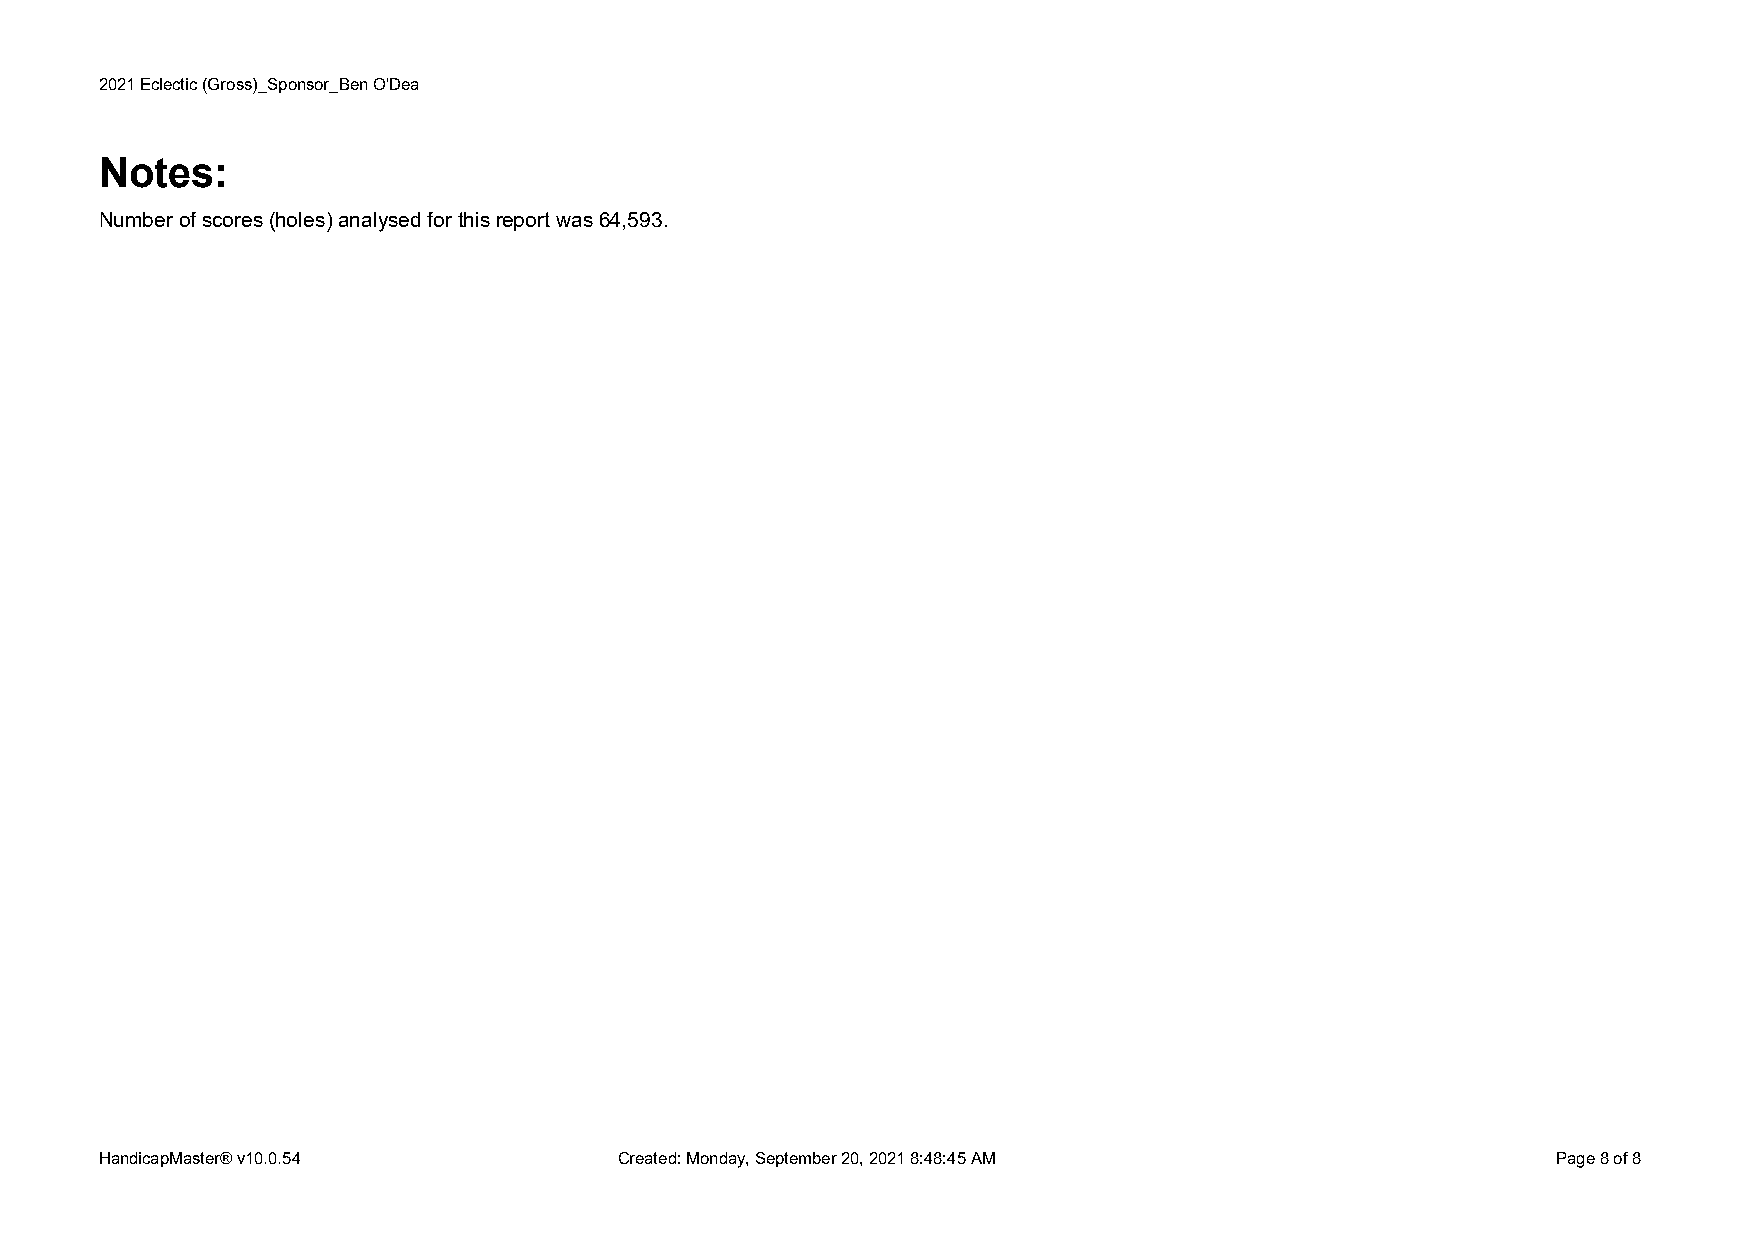
2021Eclectic(Gross)_Sponsor_BenO'Dea
 Notes:
 Numberofscores(holes)analysedforthisreportwas64,593.
 HandicapMaster®v10.0.54           Created:Monday,September20,20218:48:45AM                      Page8of8